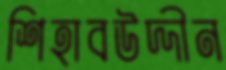
শিহাবউদ্দীন